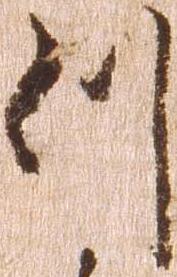
つ